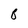
Character: B